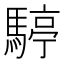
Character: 𩤙